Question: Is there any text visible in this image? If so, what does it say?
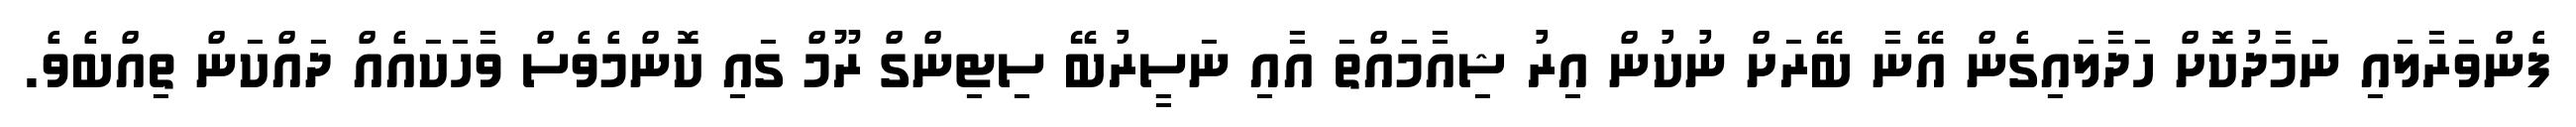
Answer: ފެންވަރާލައި ނަމާދުކޮށް ހަދާލައިގެން އޭނާ ބޭރަށް ނުކުން އިރު ޝިއާމައްތަ އާއި ނަސީރުބޭ ސިޓިންގް ރޫމް ގައި ކޮންމެވެސް ވާހަކައެއް ދައްކަން ތިއްބެވެ.